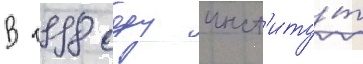
В 1998 году инст'иту́т